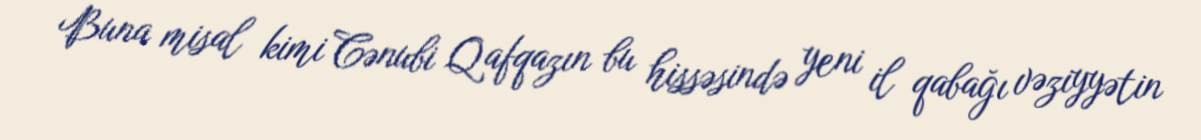
Buna misal kimi Cənubi Qafqazın bu hissəsində yeni il qabağı vəziyyətin